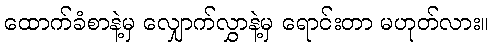
ထောက်ခံစာနဲ့မှ လျှောက်လွှာနဲ့မှ ရောင်းတာ မဟုတ်လား။